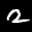
Label: 2